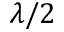
\lambda / 2